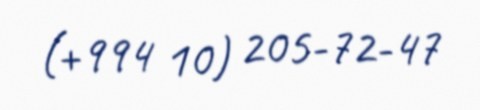
(+994 10) 205-72-47